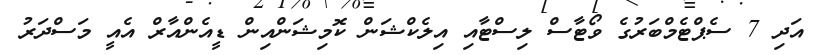
އަދި 7 ސެޕްޓެމްބަރުގެ ވޯޓާސް ލިސްޓާއި އިލެކްޝަން ކޮމިޝަންއިން ޑީއެންއާރް އެއީ މަސްދަރު